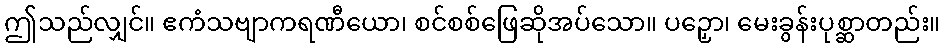
ဤသည်လျှင်။ ဧကံသဗျာကရဏီယော၊ စင်စစ်ဖြေဆိုအပ်သော။ ပဉှော၊ မေးခွန်းပုစ္ဆာတည်း။